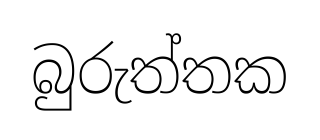
බුරුත්තක